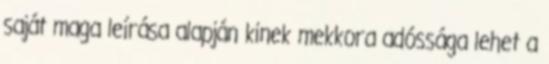
saját maga leírása alapján kinek mekkora adóssága lehet a